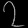
Digit: ၇